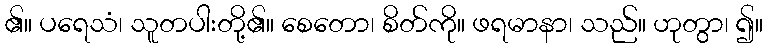
၏။ ပရေသံ၊ သူတပါးတို့၏။ စေတော၊ စိတ်ကို။ ဖရမာနာ၊ သည်။ ဟုတွာ၊ ၍။